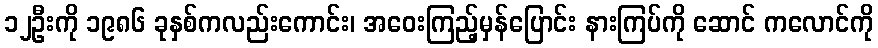
၁၂ဦးကို ၁၉၈၆ ခုနှစ်ကလည်းကောင်း၊ အဝေးကြည့်မှန်ပြောင်း နားကြပ်ကို ဆောင် ကလောင်ကို